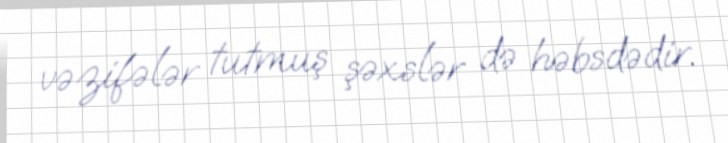
vəzifələr tutmuş şəxslər də həbsdədir.